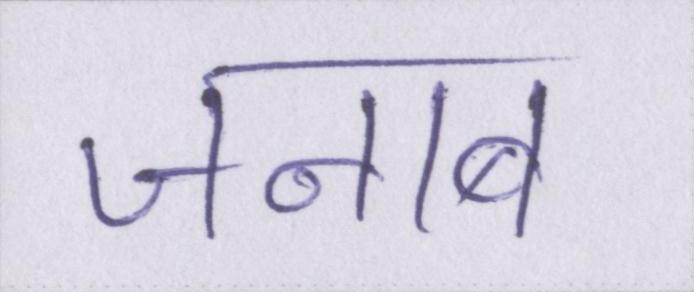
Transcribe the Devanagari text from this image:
जनाब